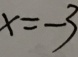
x = - 3